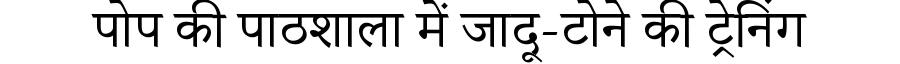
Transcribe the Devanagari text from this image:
पोप की पाठशाला में जादू-टोने की ट्रेनिंग